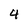
Character: 4